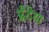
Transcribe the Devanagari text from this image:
प्लैटेया